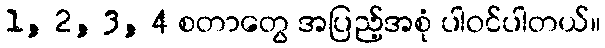
1, 2, 3, 4 စတာတွေ အပြည့်အစုံ ပါဝင်ပါတယ်။